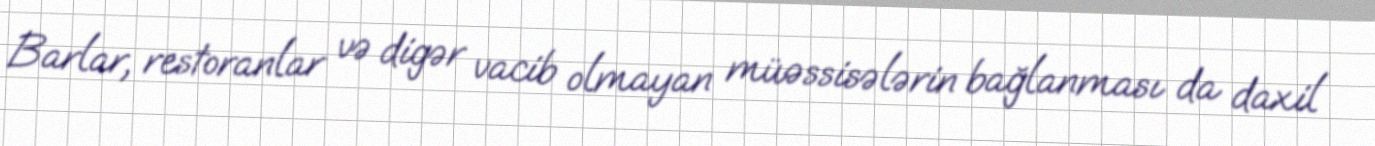
Barlar, restoranlar və digər vacib olmayan müəssisələrin bağlanması da daxil